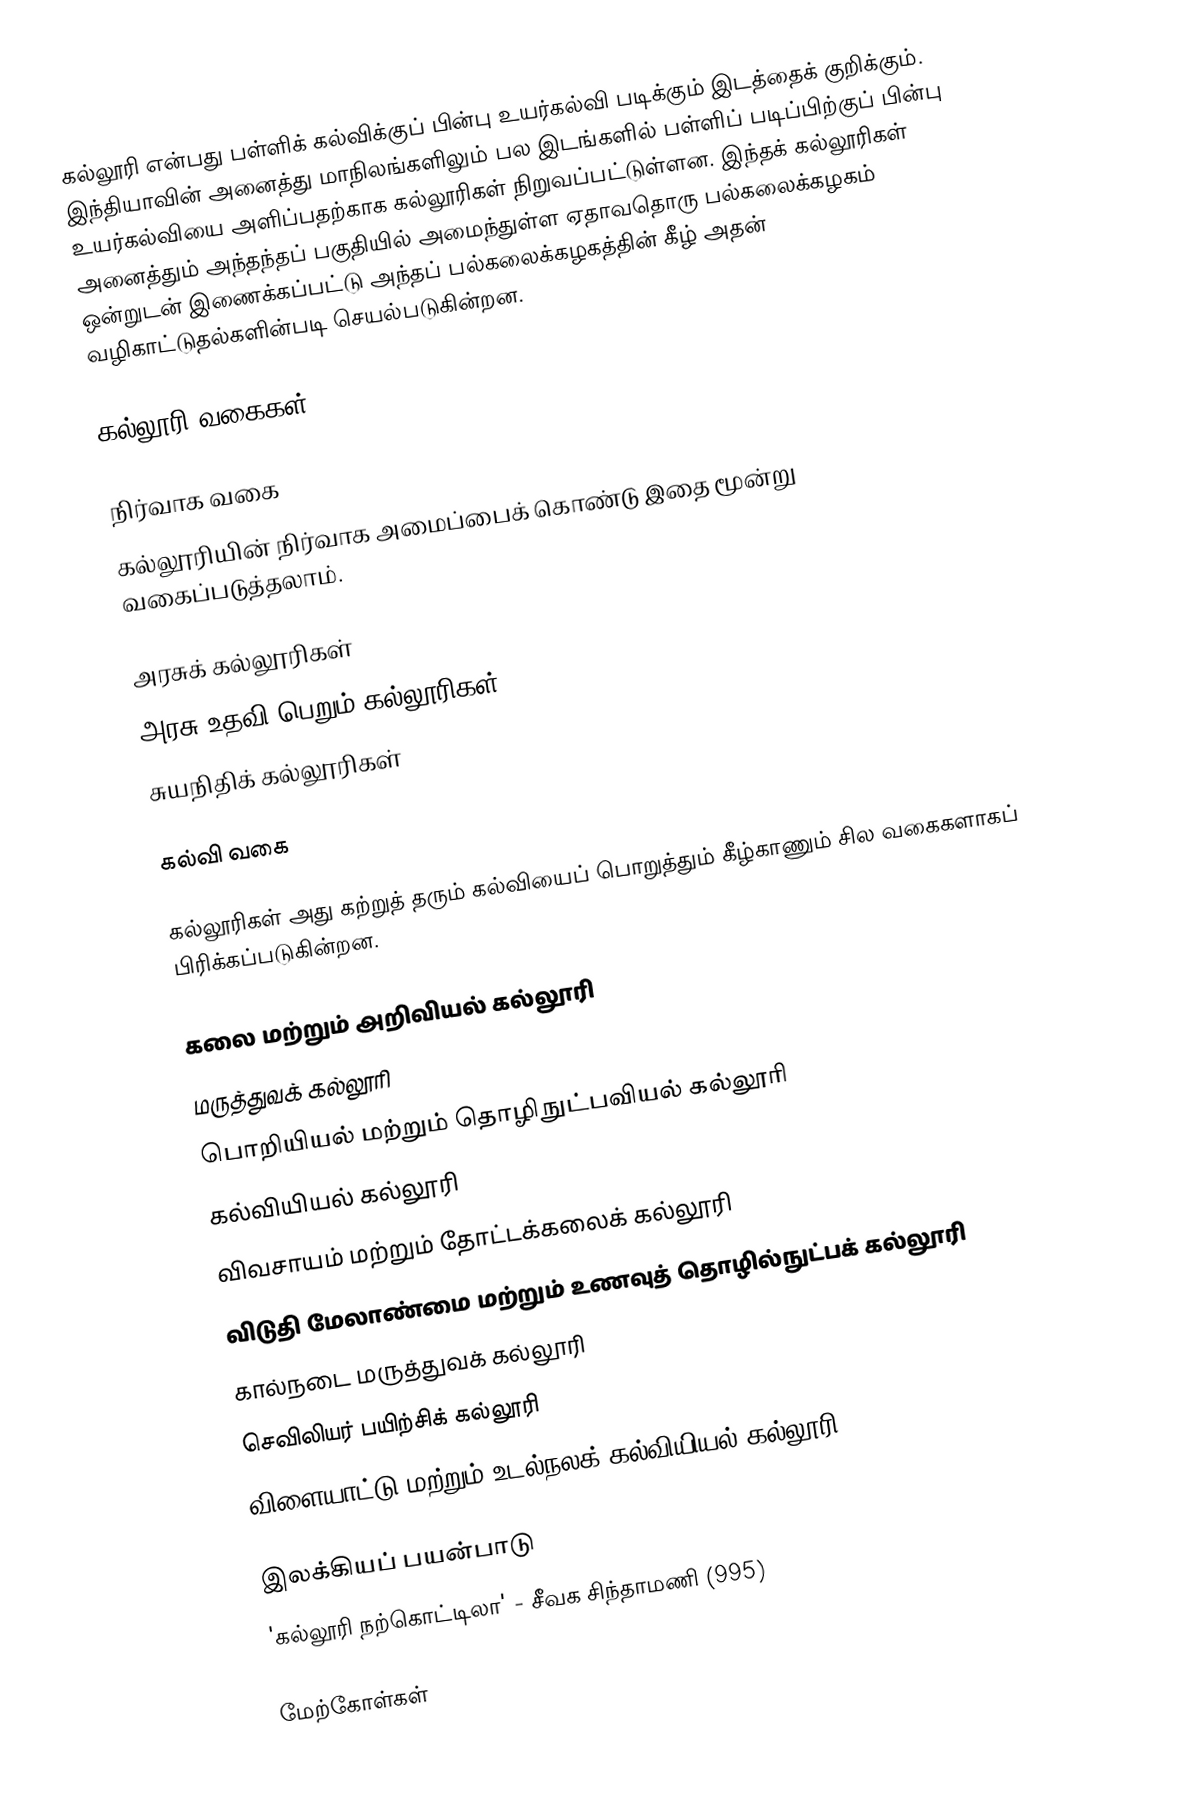
கல்லூரி என்பது பள்ளிக் கல்விக்குப் பின்பு உயர்கல்வி படிக்கும் இடத்தைக் குறிக்கும். இந்தியாவின் அனைத்து மாநிலங்களிலும் பல இடங்களில் பள்ளிப் படிப்பிற்குப் பின்பு உயர்கல்வியை அளிப்பதற்காக கல்லூரிகள் நிறுவப்பட்டுள்ளன. இந்தக் கல்லூரிகள் அனைத்தும் அந்தந்தப் பகுதியில் அமைந்துள்ள ஏதாவதொரு பல்கலைக்கழகம் ஒன்றுடன் இணைக்கப்பட்டு அந்தப் பல்கலைக்கழகத்தின் கீழ் அதன் வழிகாட்டுதல்களின்படி செயல்படுகின்றன.

கல்லூரி வகைகள்

நிர்வாக வகை
கல்லூரியின் நிர்வாக அமைப்பைக் கொண்டு இதை மூன்று வகைப்படுத்தலாம்.

 அரசுக் கல்லூரிகள்
 அரசு உதவி பெறும் கல்லூரிகள்
 சுயநிதிக் கல்லூரிகள்

கல்வி வகை

கல்லூரிகள் அது கற்றுத் தரும் கல்வியைப் பொறுத்தும் கீழ்காணும் சில வகைகளாகப் பிரிக்கப்படுகின்றன.

 கலை மற்றும் அறிவியல் கல்லூரி
 மருத்துவக் கல்லூரி
 பொறியியல் மற்றும் தொழிநுட்பவியல் கல்லூரி
 கல்வியியல் கல்லூரி
 விவசாயம் மற்றும் தோட்டக்கலைக் கல்லூரி
 விடுதி மேலாண்மை மற்றும் உணவுத் தொழில்நுட்பக் கல்லூரி
 கால்நடை மருத்துவக் கல்லூரி
 செவிலியர் பயிற்சிக் கல்லூரி
 விளையாட்டு மற்றும் உடல்நலக் கல்வியியல் கல்லூரி

இலக்கியப் பயன்பாடு
'கல்லூரி நற்கொட்டிலா' - சீவக சிந்தாமணி (995)

மேற்கோள்கள்